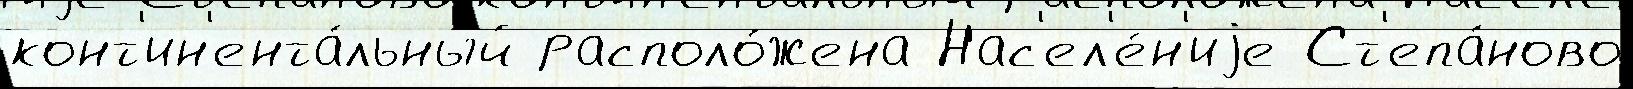
конт'ин'ента́льный располо́жена Нас'ел'е́н'иjе Ст'епа́ново